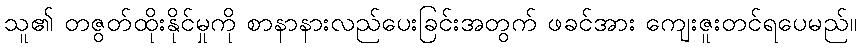
သူ၏ တဇွတ်ထိုးနိုင်မှုကို စာနာနားလည်ပေးခြင်းအတွက် ဖခင်အား ကျေးဇူးတင်ရပေမည်။